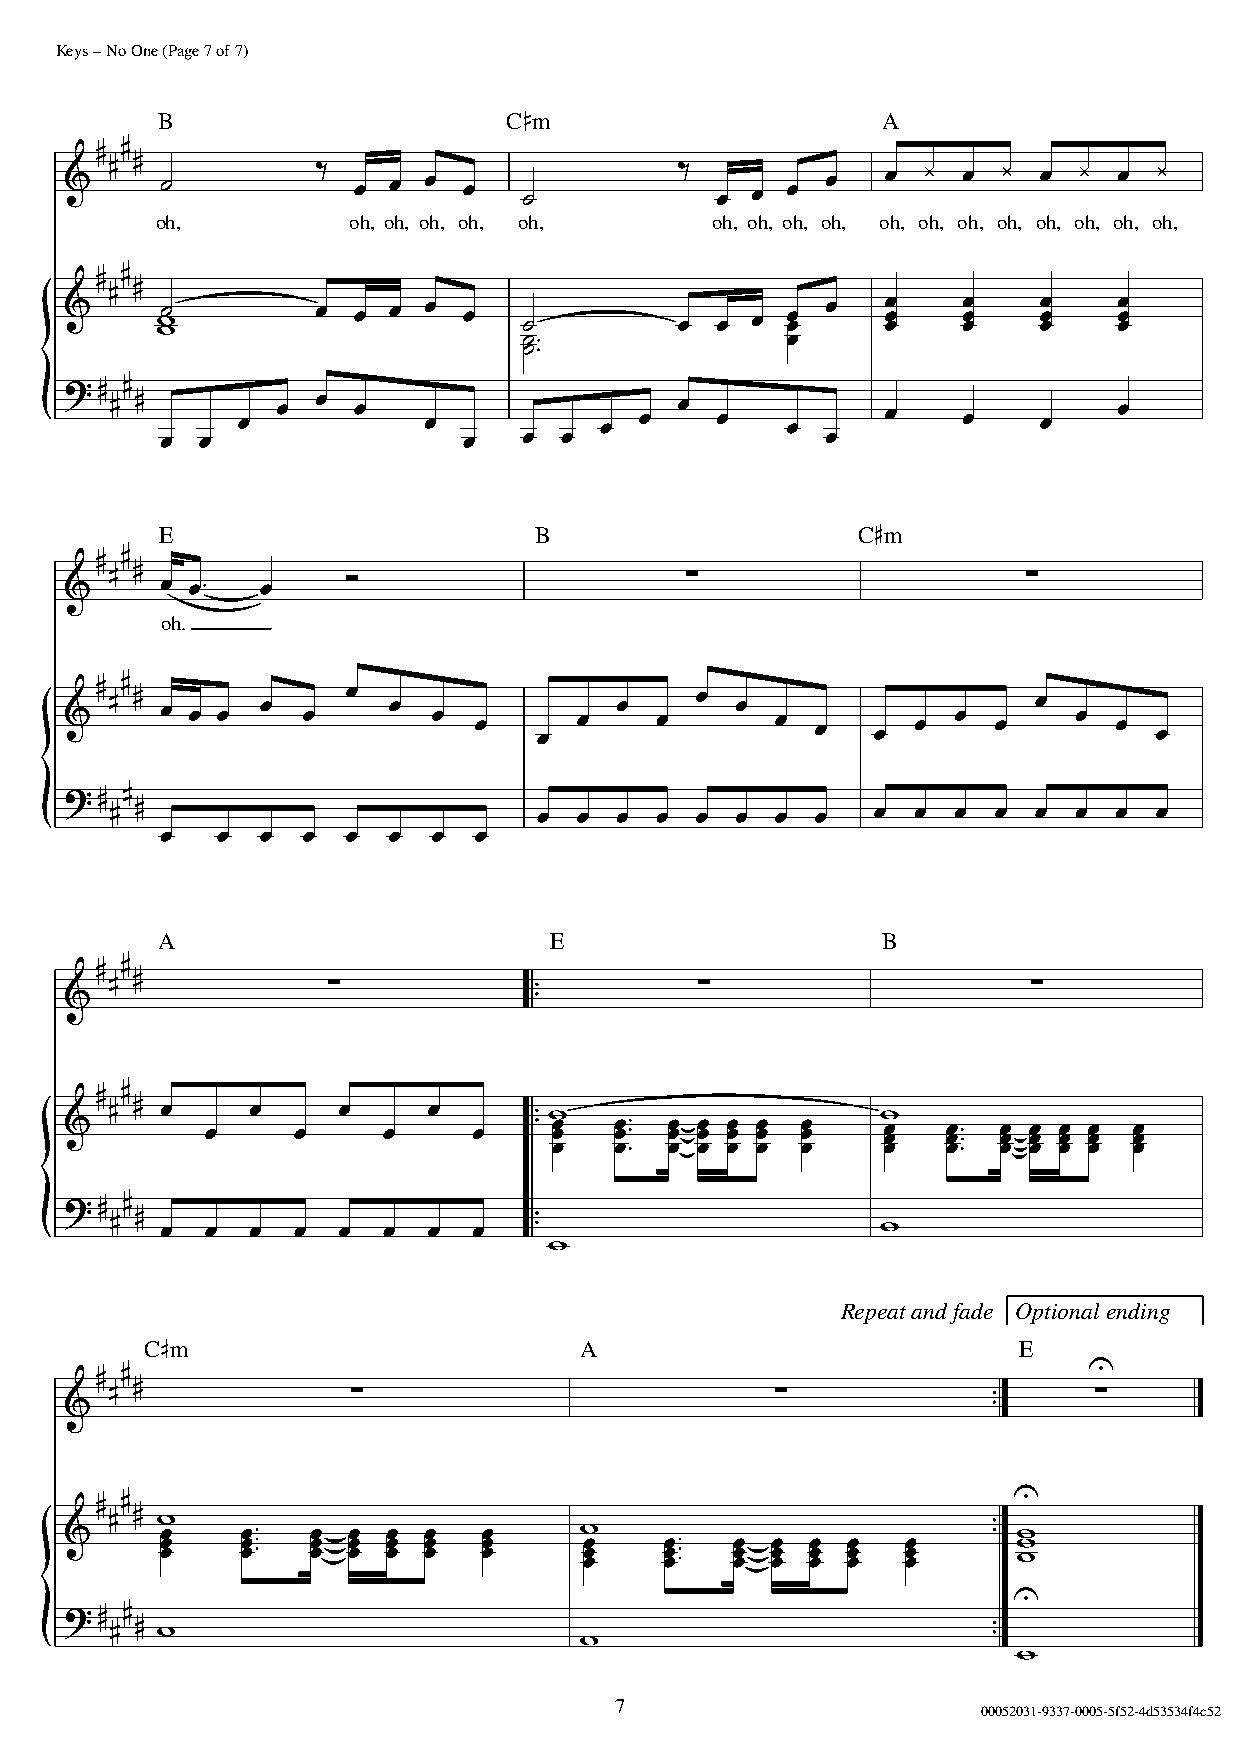
Keys – No One (Page 7 of 7)
 B                       CIm                     A
 ' I I
 I I
 -         > .  . .  .   -         > .  . .  .   . ‡  . ‡  . ‡  .  ‡
 oh,          oh, oh, oh, oh, oh,     oh, oh, oh, oh, oh, oh, oh, oh, oh, oh, oh, oh,
 ' I I
 I I
 , ,-       . .  . .  .   -         . .  . .. .   ...  ...  . .. . ..
 -- FF            .
 ( I II I
 . .  . .    .           . .  . .    .      .    .    .    .
 . .                 .   . .                 .
 E                       B                     CIm
 ' I I
 I I
 . .F  .     ;                     ;                      ;
 oh.
 ' I I
 I I . . . .  .  .  .  . .    . .  . .  .  . .  .   .  . .  .  . .  .  .
 ( I II I
 . .  . .  .  . .  .   .  . .  .  . .  .  .
 .  .  .  .  .  .  . .
 A                         E                     B
 ' I I
 I I
 ;            F          ;                     ;
 F
 ' I I
 I I
 .     .    .     .      F ,                    ,
 .    .     .     .   F .. . .. .FF
 F
 . .. . .. . .. . .. . .. .. . .. .FF
 F
 . .. . .. . .. . .. . ..
 ( I II I
 F
 .  .  . .  .  .  .  .   F                      ,
 ,
 Repeat and fade Optional ending
 CIm                         A                            E
 ' I I                                                               E
 I I
 ;                           ;              F     ;
 F
 ' I I                                                          E
 I I
 ,                                                       F
 .    .F   . .  . .   .     ,                           F ,
 .    .F   . .  . .   .      .    .F   . .  . .   .      ,
 .    .F   . .  . .   .      ..   .. FF . . . . . . . . . . ,
 E
 ( I II I
 F
 ,                                                       F
 ,
 ,
 7
 00052031-9337-0005-5f52-4d53534f4c52